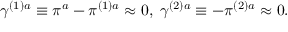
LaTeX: \gamma ^ { ( 1 ) a } \equiv \pi ^ { a } - \pi ^ { ( 1 ) a } \approx 0 , \; \gamma ^ { ( 2 ) a } \equiv - \pi ^ { ( 2 ) a } \approx 0 .